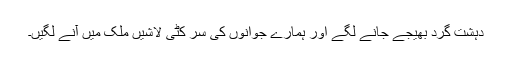
دہشت گرد بھیجے جانے لگے اور ہمارے جوانوں کی سر کٹی لاشیں ملک میں آنے لگیں۔